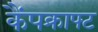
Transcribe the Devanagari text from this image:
कैंपक्राफ्ट